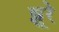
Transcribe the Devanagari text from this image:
झूरे